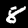
Label: 8